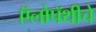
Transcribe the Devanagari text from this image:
ऍलोपॅथीचे